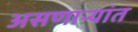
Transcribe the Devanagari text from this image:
असणाऱ्यांत